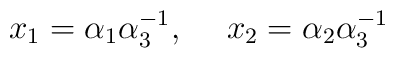
x_1=\alpha_1\alpha^{-1}_3, \hspace{15pt} x_2=\alpha_2\alpha^{-1}_3